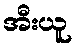
အီးယူ